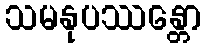
သမနုပဿန္တော